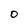
Character: 0